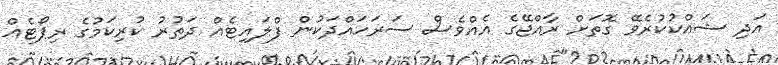
އަދި ޝައްކުކުރެވޭ ގޮތަށް ރާއްޖޭގެ އެއްވެސް ސަރަހައްދަކުން ފްލައިޓެއް ދަތުރު ކުރިކަމުގެ ރިޕޯޓެއް